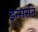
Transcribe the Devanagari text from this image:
इन्सर्सन